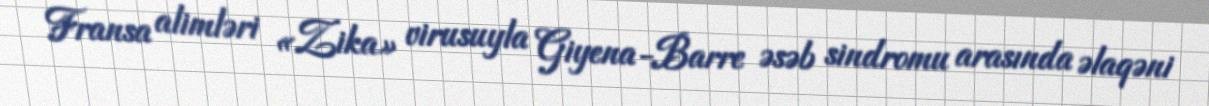
Fransa alimləri «Zika» virusuyla Giyena-Barre əsəb sindromu arasında əlaqəni